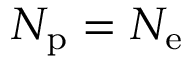
N _ { \mathrm { p } } = N _ { \mathrm { e } }